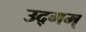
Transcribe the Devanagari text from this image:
उद्गम्